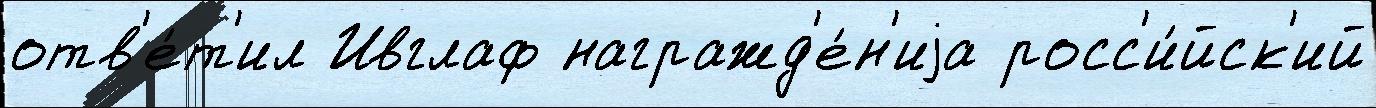
отв'е́т'ил Ивглаф награжд'е́н'иjа росс'и́йск'ий